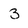
Character: 3